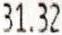
31.32